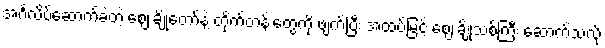
အင်္ဂလိပ်ဆောက်ခဲ့တဲ့ ဈေးချိုတော်နဲ့ တိုက်တန်းတွေကို ဖျက်ပြီး အထပ်မြင့် ဈေးချိုသစ်ကြီး ဆောက်သလို